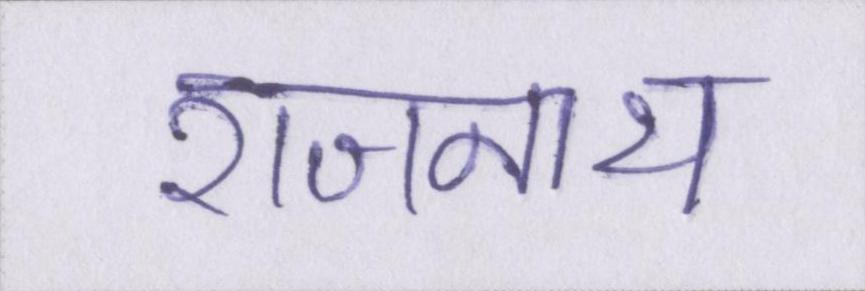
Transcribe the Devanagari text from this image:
राजनाथ